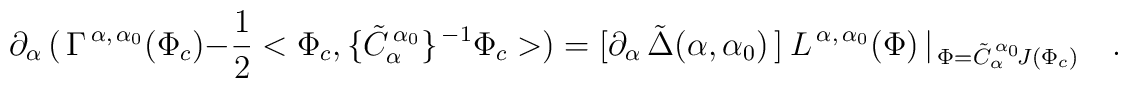
\partial_{\alpha}\,(\,\Gamma^{\,\alpha,\,\alpha_{0}}(\Phi_{c})-\frac{1}{2}<\Phi_{c},\{\tilde C_{\alpha}^{\,\alpha_{0}}\}^{\,-1}\Phi_{c}> )=[\partial_{\alpha}\,\tilde\Delta(\alpha,\alpha_{0})\,]\ L^{\,\alpha,\,\alpha_{0}}(\Phi)\,\vert_{\,\Phi=\tilde C_{\alpha}^{\,\alpha_{0}}\!J(\Phi_{c})}\quad .